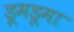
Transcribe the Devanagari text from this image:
डूमडूमा